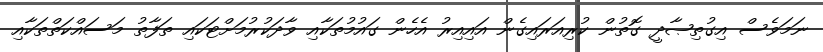
ނަމަވެސް އިގުތިޞާދީ ގޮތުން ކުރިއަރައިގެން އައިއިރު އެހެން ގައުމުތަކާއި ވާދަކުރުމަށްޓަކައި ތަފާތު މަސައްކަތްތަކާއި